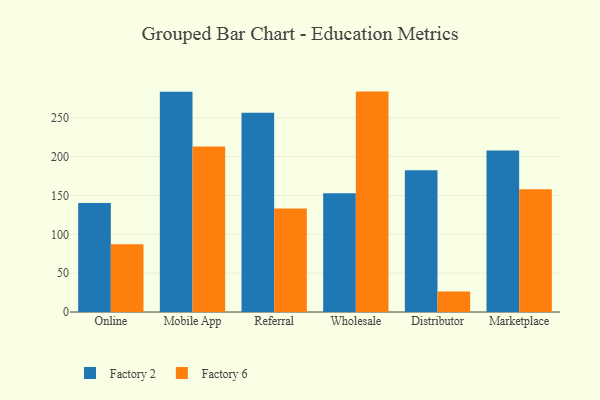
{"axis": {"x": "Channel", "y": "Page Views"}, "legend": ["Factory 2", "Factory 6"], "data": [{"x": "Online", "y": 140.3, "type": "Factory 2"}, {"x": "Online", "y": 87.2, "type": "Factory 6"}, {"x": "Mobile App", "y": 283.6, "type": "Factory 2"}, {"x": "Mobile App", "y": 212.9, "type": "Factory 6"}, {"x": "Referral", "y": 256.4, "type": "Factory 2"}, {"x": "Referral", "y": 133.1, "type": "Factory 6"}, {"x": "Wholesale", "y": 152.7, "type": "Factory 2"}, {"x": "Wholesale", "y": 283.7, "type": "Factory 6"}, {"x": "Distributor", "y": 182.5, "type": "Factory 2"}, {"x": "Distributor", "y": 26.4, "type": "Factory 6"}, {"x": "Marketplace", "y": 207.9, "type": "Factory 2"}, {"x": "Marketplace", "y": 158.1, "type": "Factory 6"}]}